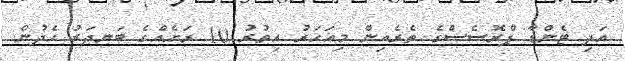
އަދި ޓެންޑާ ޕްރޮސެސްގެ ތެރެއިން މިއަހަރު އިތުރު 10 ރަށެއްގެ ބަނދަރު ހެދުން